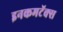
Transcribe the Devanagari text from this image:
इनकमटॅक्स